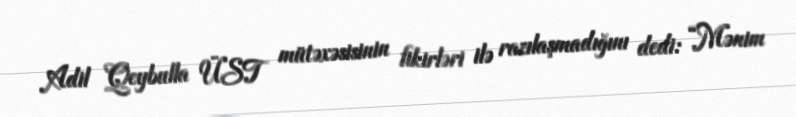
Adil Qeybulla ÜST mütəxəsisinin fikirləri ilə razılaşmadığını dedi: “Mənim